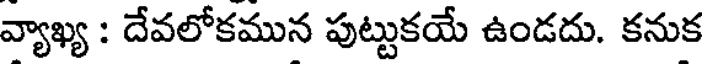
వ్యాఖ్య : దేవలోకమున పుట్టుకయే ఉండదు. కనుక